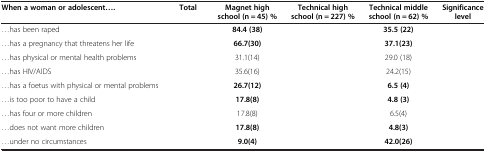
<table><thead><tr><td><b>When a woman or adolescent....</b></td><td><b>Total</b></td><td><b>Magnet high school (n = 45) %</b></td><td><b>Technical high school (n = 227) %</b></td><td><b>Technical middle school (n = 62) %</b></td><td><b>Significance level</b></td></tr></thead><tbody><tr><td>...has been raped</td><td>[EMPTY_CELL]</td><td><b>84.4 (38)</b></td><td>[EMPTY_CELL]</td><td><b>35.5 (22)</b></td><td>[EMPTY_CELL]</td></tr><tr><td>...has a pregnancy that threatens her life</td><td>[EMPTY_CELL]</td><td><b>66.7(30)</b></td><td>[EMPTY_CELL]</td><td><b>37.1(23)</b></td><td>[EMPTY_CELL]</td></tr><tr><td>...has physical or mental health problems</td><td>[EMPTY_CELL]</td><td>31.1(14)</td><td>[EMPTY_CELL]</td><td>29.0 (18)</td><td>[EMPTY_CELL]</td></tr><tr><td>...has HIV/AIDS</td><td>[EMPTY_CELL]</td><td>35.6(16)</td><td>[EMPTY_CELL]</td><td>24.2(15)</td><td>[EMPTY_CELL]</td></tr><tr><td>...has a foetus with physical or mental problems</td><td>[EMPTY_CELL]</td><td><b>26.7(12)</b></td><td>[EMPTY_CELL]</td><td><b>6.5 (4)</b></td><td>[EMPTY_CELL]</td></tr><tr><td>...is too poor to have a child</td><td>[EMPTY_CELL]</td><td><b>17.8(8)</b></td><td>[EMPTY_CELL]</td><td><b>4.8 (3)</b></td><td>[EMPTY_CELL]</td></tr><tr><td>...has four or more children</td><td>[EMPTY_CELL]</td><td>17.8(8)</td><td>[EMPTY_CELL]</td><td>6.5(4)</td><td>[EMPTY_CELL]</td></tr><tr><td>...does not want more children</td><td>[EMPTY_CELL]</td><td><b>17.8(8)</b></td><td>[EMPTY_CELL]</td><td><b>4.8(3)</b></td><td>[EMPTY_CELL]</td></tr><tr><td>...under no circumstances</td><td>[EMPTY_CELL]</td><td><b>9.0(4)</b></td><td>[EMPTY_CELL]</td><td><b>42.0(26)</b></td><td>[EMPTY_CELL]</td></tr></tbody></table>